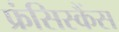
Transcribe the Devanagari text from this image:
फ्रंसिस्कैंस